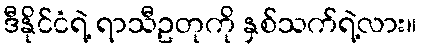
ဒီနိုင်ငံရဲ့ ရာသီဥတုကို နှစ်သက်ရဲ့လား။